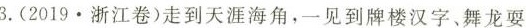
3.(2019 \cdot 浙江卷)走到天涯海角，一见到牌楼汉字、舞龙耍